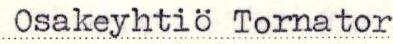
Osakeyhtiö Tornator